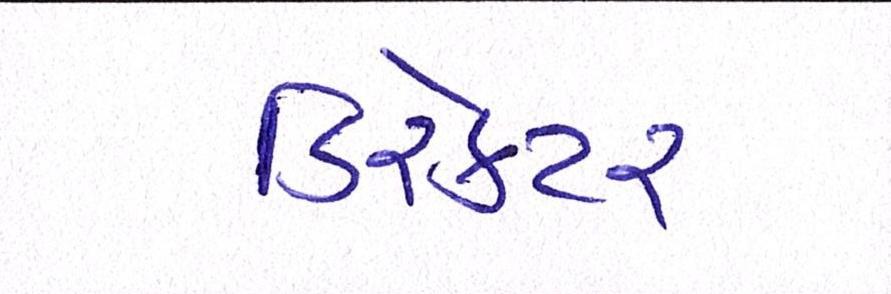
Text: ડિરેક્ટર